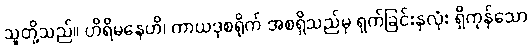
သူတို့သည်။ ဟိရိမနေဟိ၊ ကာယဒုစရိုက် အစရှိသည်မှ ရှက်ခြင်းနှလုံး ရှိကုန်သော